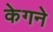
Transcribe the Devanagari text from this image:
केगने